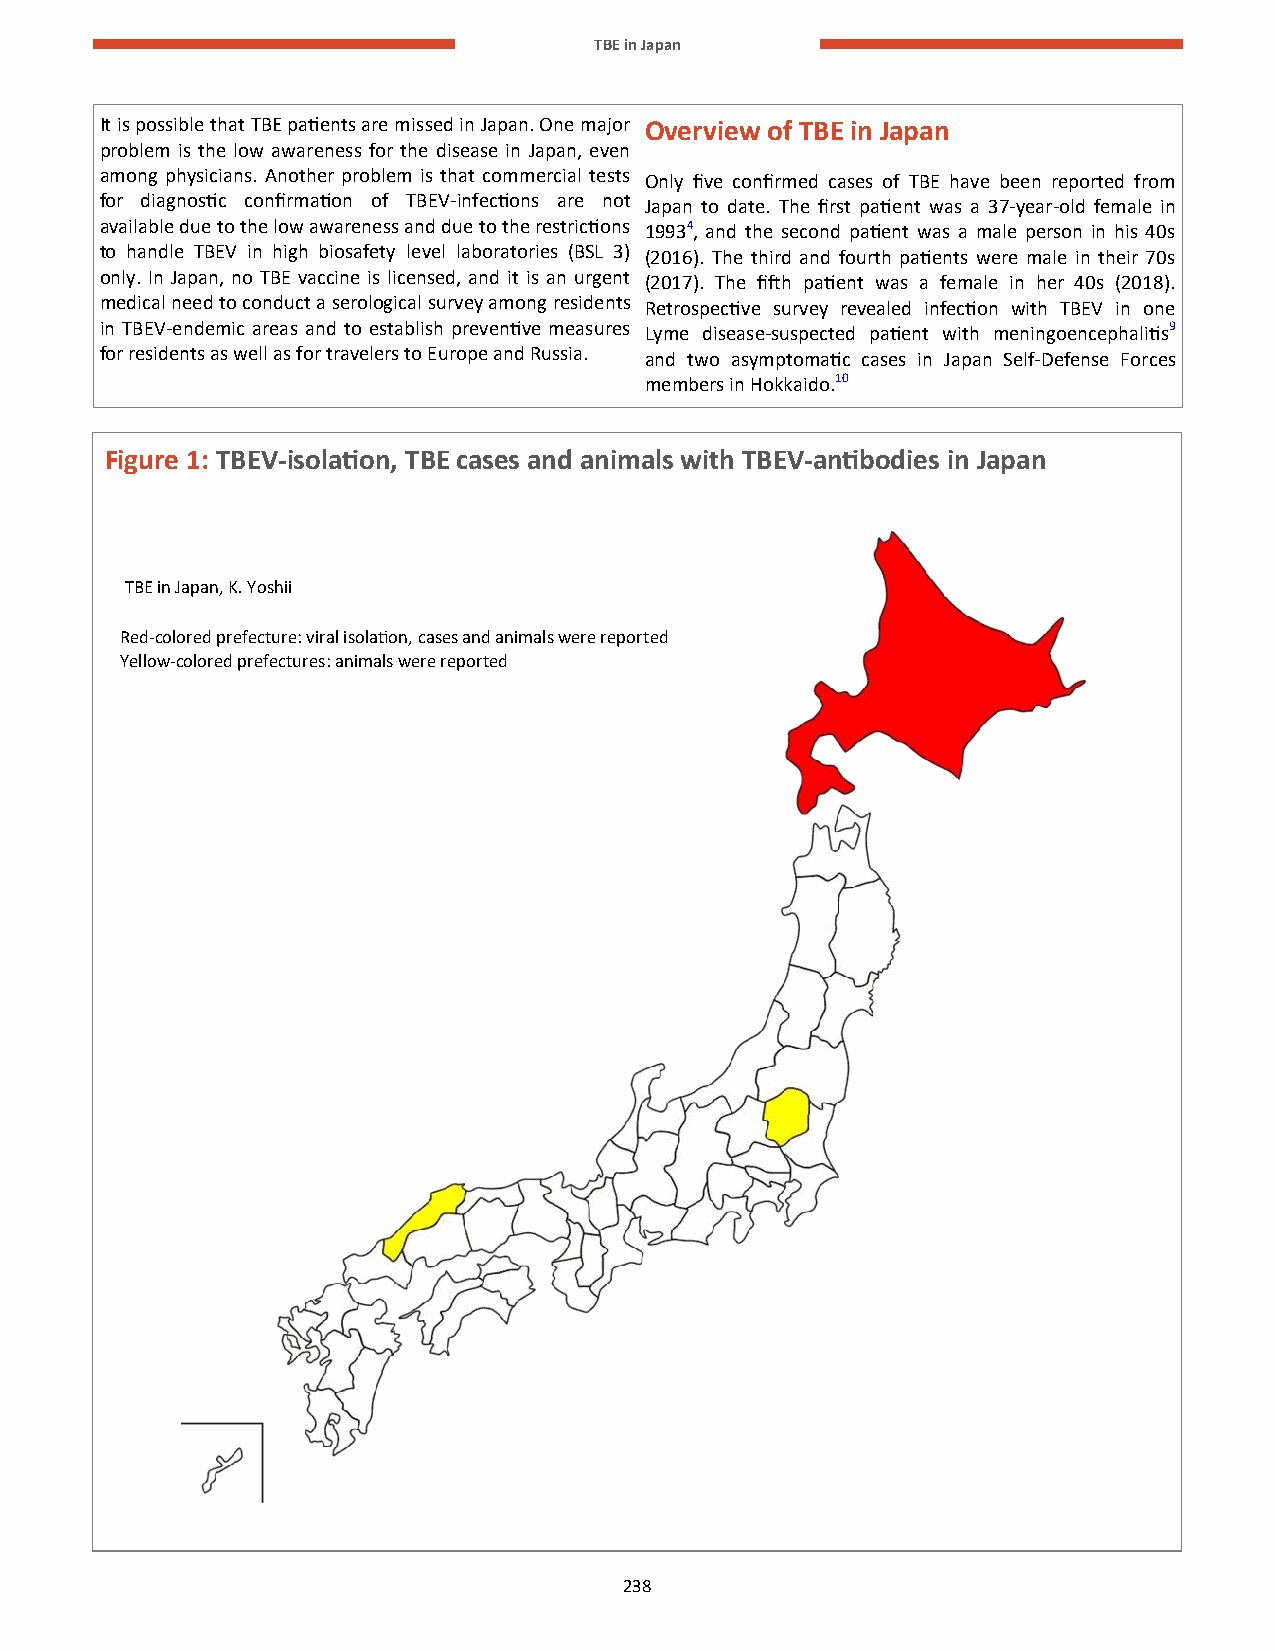
TBE in Japan
 It is possible that TBE patients are missed in Japan. One major Overview of TBE in Japan
 problem is the low awareness for the disease in Japan, even
 among physicians. Another problem is that commercial tests Only five confirmed cases of TBE have been reported from
 for diagnostic confirmation of TBEV-infections are not Japan to date. The first patient was a 37-year-old female in
 available due to the low awareness and due to the restrictions 19934, and the second patient was a male person in his 40s
 to handle TBEV in high biosafety level laboratories (BSL 3) (2016). The third and fourth patients were male in their 70s
 only. In Japan, no TBE vaccine is licensed, and it is an urgent (2017). The fifth patient was a female in her 40s (2018).
 medical need to conduct a serological survey among residents Retrospective survey revealed infection with TBEV in one
 in TBEV-endemic areas and to establish preventive measures Lyme disease-suspected patient with meningoencephalitis9
 for residents as well as for travelers to Europe and Russia. and two asymptomatic cases in Japan Self-Defense Forces
 members in Hokkaido.10
 Figure 1: TBEV-isolation, TBE cases and animals with TBEV-antibodies in Japan
 TBE in Japan, K. Yoshii
 Red-colored prefecture: viral isolation, cases and animals were reported
 Yellow-colored prefectures: animals were reported
 238